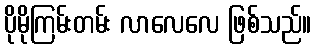
ပိုမိုကြမ်းတမ်း လာလေလေ ဖြစ်သည်။